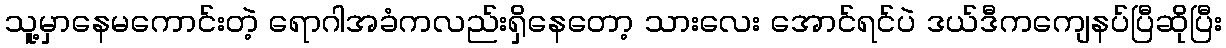
သူ့မှာနေမကောင်းတဲ့ ရောဂါအခံကလည်းရှိနေတော့ သားလေး အောင်ရင်ပဲ ဒယ်ဒီကကျေနပ်ပြီဆိုပြီး